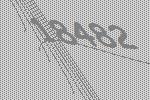
18482